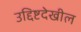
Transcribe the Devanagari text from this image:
उद्दिष्टदेखील